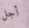
أجل